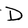
Character: D